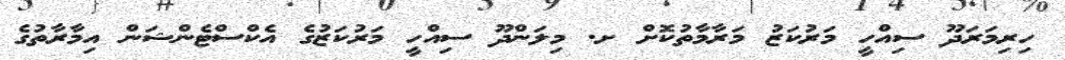
ހިރިމަރަދޫ ސިއްހީ މަރުކަޒު މަރާމާތުކޮށް ށ. މިލަންދޫ ސިއްހީ މަރުކަޒުގެ އެކްސްޓެންޝަން އިމާރާތުގެ